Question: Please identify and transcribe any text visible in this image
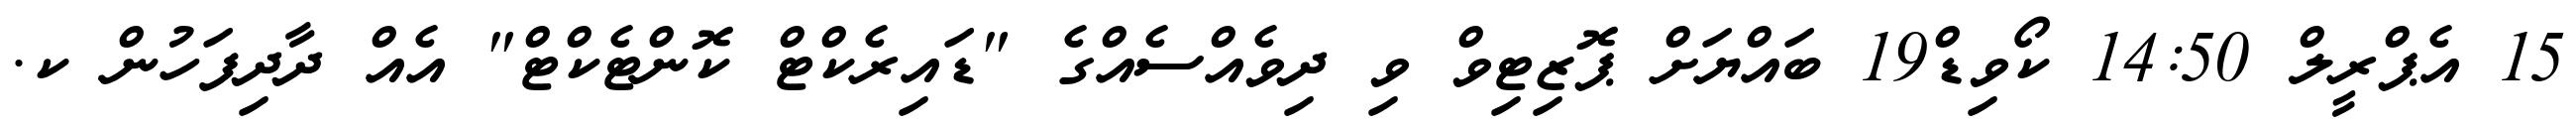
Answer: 15 އެޕްރީލް 14:50 ކޯވިޑް19 ބައްޔަށް ޕޮޒިޓިވް ވި ދިވެއްސެއްގެ "ޑައިރެކްޓް ކޮންޓެކްޓް" އެއް ދާދިފަހުން ކ.